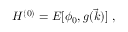
H ^ { ( 0 ) } = E [ \phi _ { 0 } , g ( \vec { k } ) ] \; ,